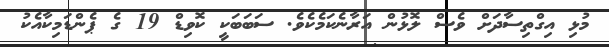
މުޅި އިގްތިސާދަށް ވެސް ލޮޅުން އަރާނެކަމެކެވެ. ސަބަބަކީ ކޮވިޑް 19 ގެ ޕެންޑަމިކާއެކު